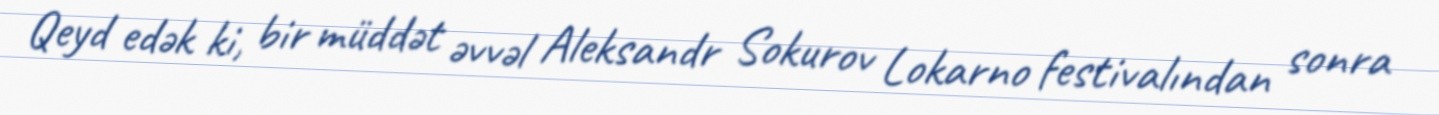
Qeyd edək ki, bir müddət əvvəl Aleksandr Sokurov Lokarno festivalından sonra